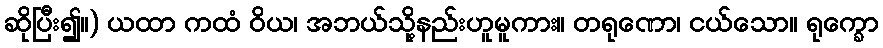
ဆိုပြီး၍။) ယထာ ကထံ ဝိယ၊ အဘယ်သို့နည်းဟူမူကား။ တရုဏော၊ ငယ်သော။ ရုက္ခော